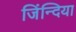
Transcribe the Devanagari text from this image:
जिंन्दिया